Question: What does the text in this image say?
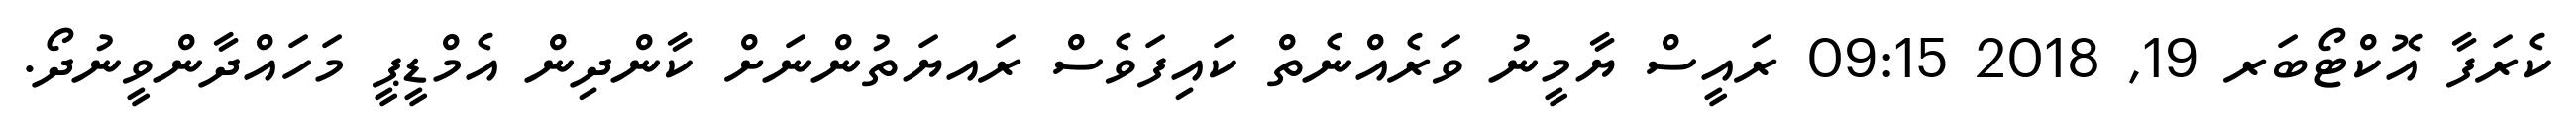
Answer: ކެރަފާ އޮކްޓޯބަރ 19, 2018 09:15 ރައީސް ޔާމީނު ވަރެއްނެތް ކައިފަވެސް ރައޔަތުންނަށް ކާންދިން އެމްޑީޕީ މަހައްދާންވީނުދޯ.